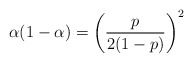
\begin{align*}\alpha(1-\alpha)=\left(\frac{p}{2(1-p)}\right)^2\end{align*}